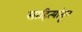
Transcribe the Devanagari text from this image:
साहित्यांतून